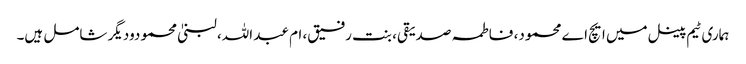
ہماری ٹیم پینل میں ایچ اے محمود، فاطمہ صدیقی، بنت رفیق، ام عبد اللہ، لبنیٰ محمودودیگر شامل ہیں۔